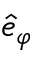
\hat { e } _ { \varphi }